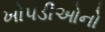
ખોપડીઓનો